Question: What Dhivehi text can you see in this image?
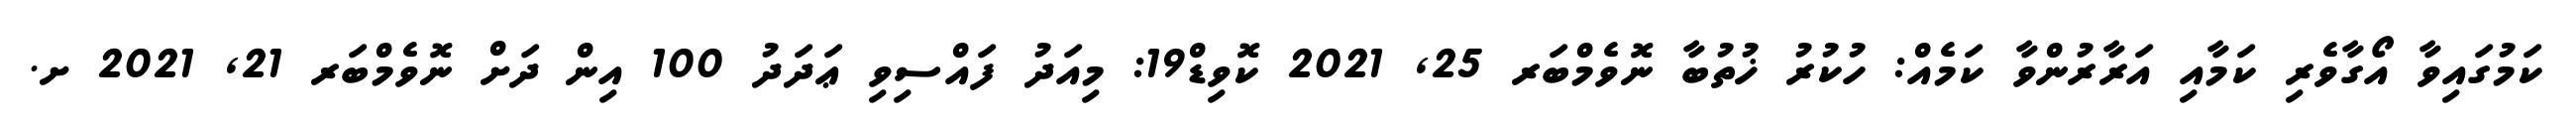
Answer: ކަމުގައިވާ އޯގާވެރި ކަމާއި އަރާރުންވާ ކަމެއް: ހުކުރު ޚުތުބާ ނޮވެމްބަރ 25, 2021 ކޮވިޑް19: މިއަދު ފައްސިވި ޢަދަދު 100 އިން ދަށް ނޮވެމްބަރ 21, 2021 ށ.